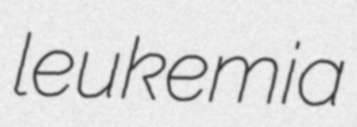
leukemia